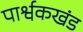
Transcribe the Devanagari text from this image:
पार्श्वकखंड